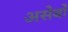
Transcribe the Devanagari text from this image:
असेर्बो